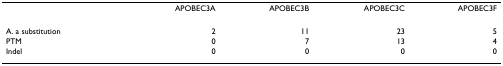
<table><thead><tr><td></td><td><b>APOBEC3A</b></td><td><b>APOBEC3B</b></td><td><b>APOBEC3C</b></td><td><b>APOBEC3F</b></td></tr></thead><tbody><tr><td>A. a substitution</td><td>2</td><td>11</td><td>23</td><td>5</td></tr><tr><td>PTM</td><td>0</td><td>7</td><td>13</td><td>4</td></tr><tr><td>Indel</td><td>0</td><td>0</td><td>0</td><td>0</td></tr></tbody></table>